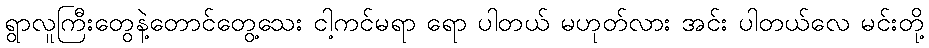
ရွာလူကြီးတွေနဲ့တောင်တွေ့သေး ငါ့ကင်မရာ ရော ပါတယ် မဟုတ်လား အင်း ပါတယ်လေ မင်းတို့